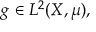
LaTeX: g \in L ^ { 2 } ( X , \mu ) ,